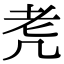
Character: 𦒲